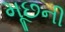
મૂછની